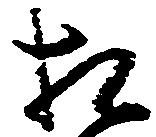
相